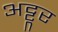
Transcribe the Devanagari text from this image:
अट्टूर